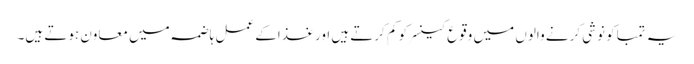
یہ تمباکو نوشی کرنے والوں میں وقوع کینسر کو کم کرتے ہیں اور غذاکے عمل ہاضمہ میں معاون ہوتے ہیں۔